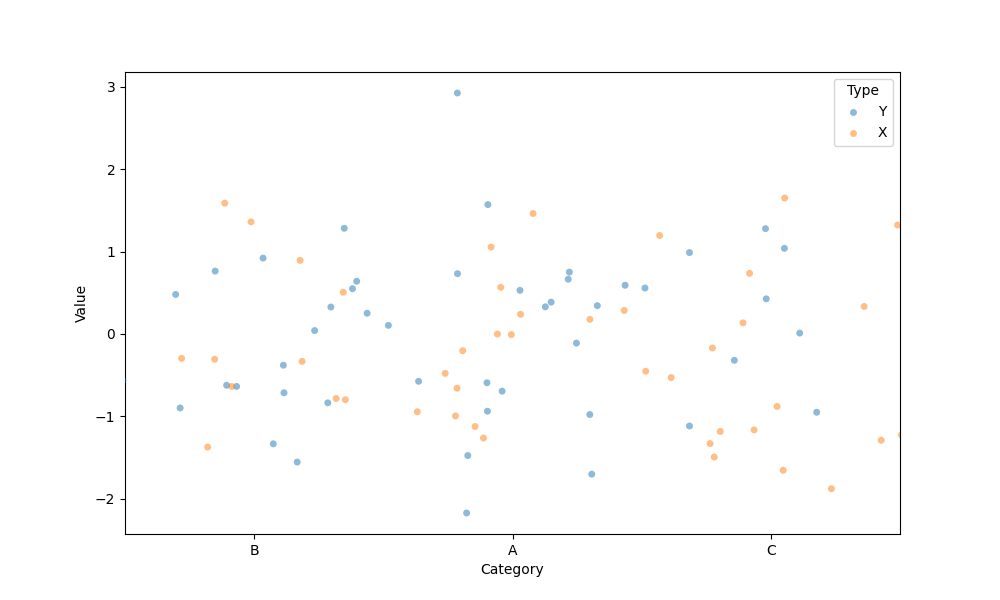
python, seaborn, stripplot, jitter=True, dodge=True, alpha=0.5, size=5